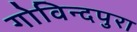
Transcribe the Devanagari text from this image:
गोविन्दपुरा